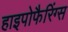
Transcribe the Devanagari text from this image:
हाइपोफैरिंग्स